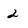
Character: 2